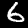
Label: 6